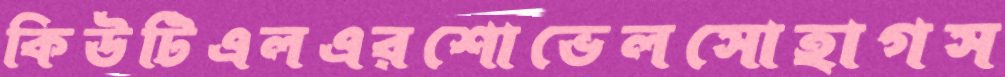
কিউটিএলএরশোভেলসোহাগস